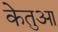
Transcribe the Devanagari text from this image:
केतुआ